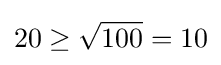
20\geq {\sqrt {100}}=10